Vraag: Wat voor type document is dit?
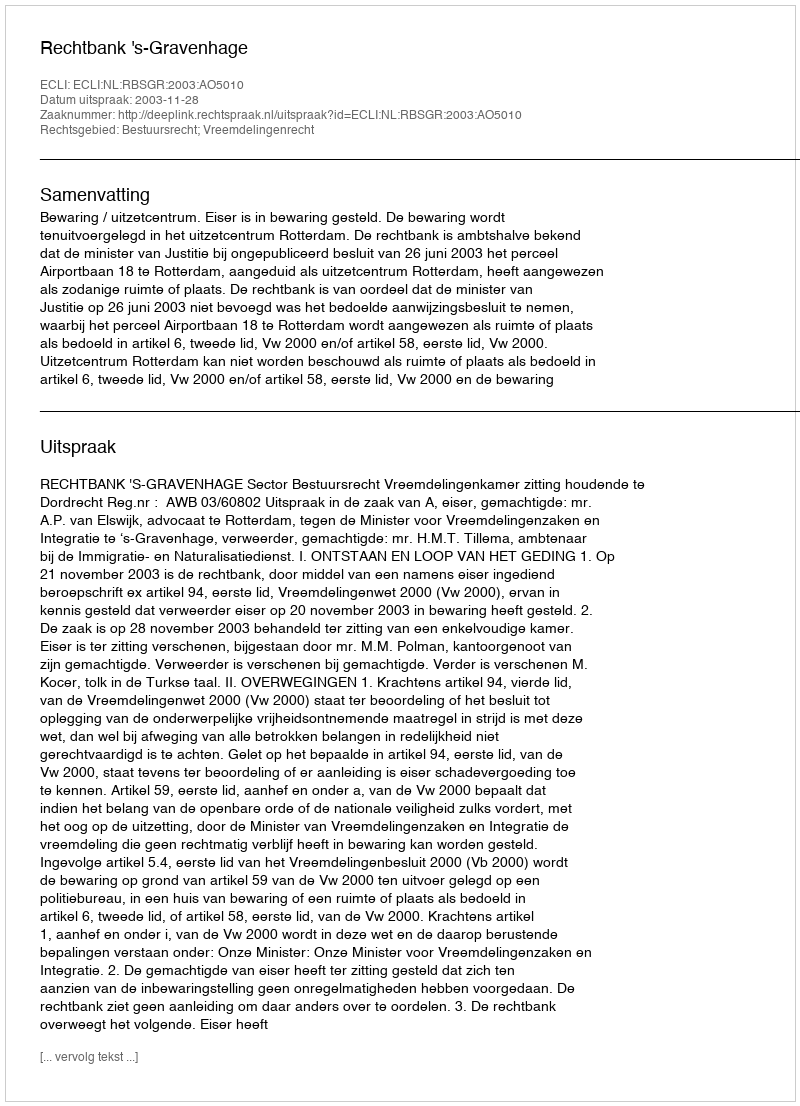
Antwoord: Uitspraak